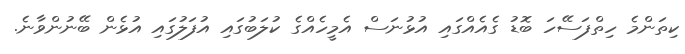
ކިތަންމެ ހިތްފަސޭހަ ބޮޑު ގެއެއްގައި އުޅުނަސް އެމީހެއްގެ ކުލަބުގައި އުފަލުގައި އުޅެން ބޭނުންވާނެ.